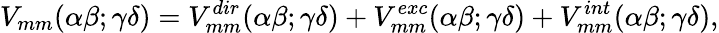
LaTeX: V_{mm}(\alpha\beta;\gamma\delta)=V_{mm}^{dir}(\alpha\beta;\gamma\delta)+V_{mm}^{exc}(\alpha\beta;\gamma\delta)+V_{mm}^{int}(\alpha\beta;\gamma\delta),